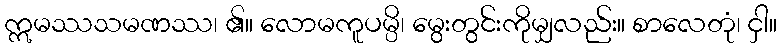
ဣမဿသမဏဿ၊ ၏။ လောမကူပမ္ပိ၊ မွေးတွင်းကိုမျှလည်း။ စာလေတုံ၊ ငှါ။